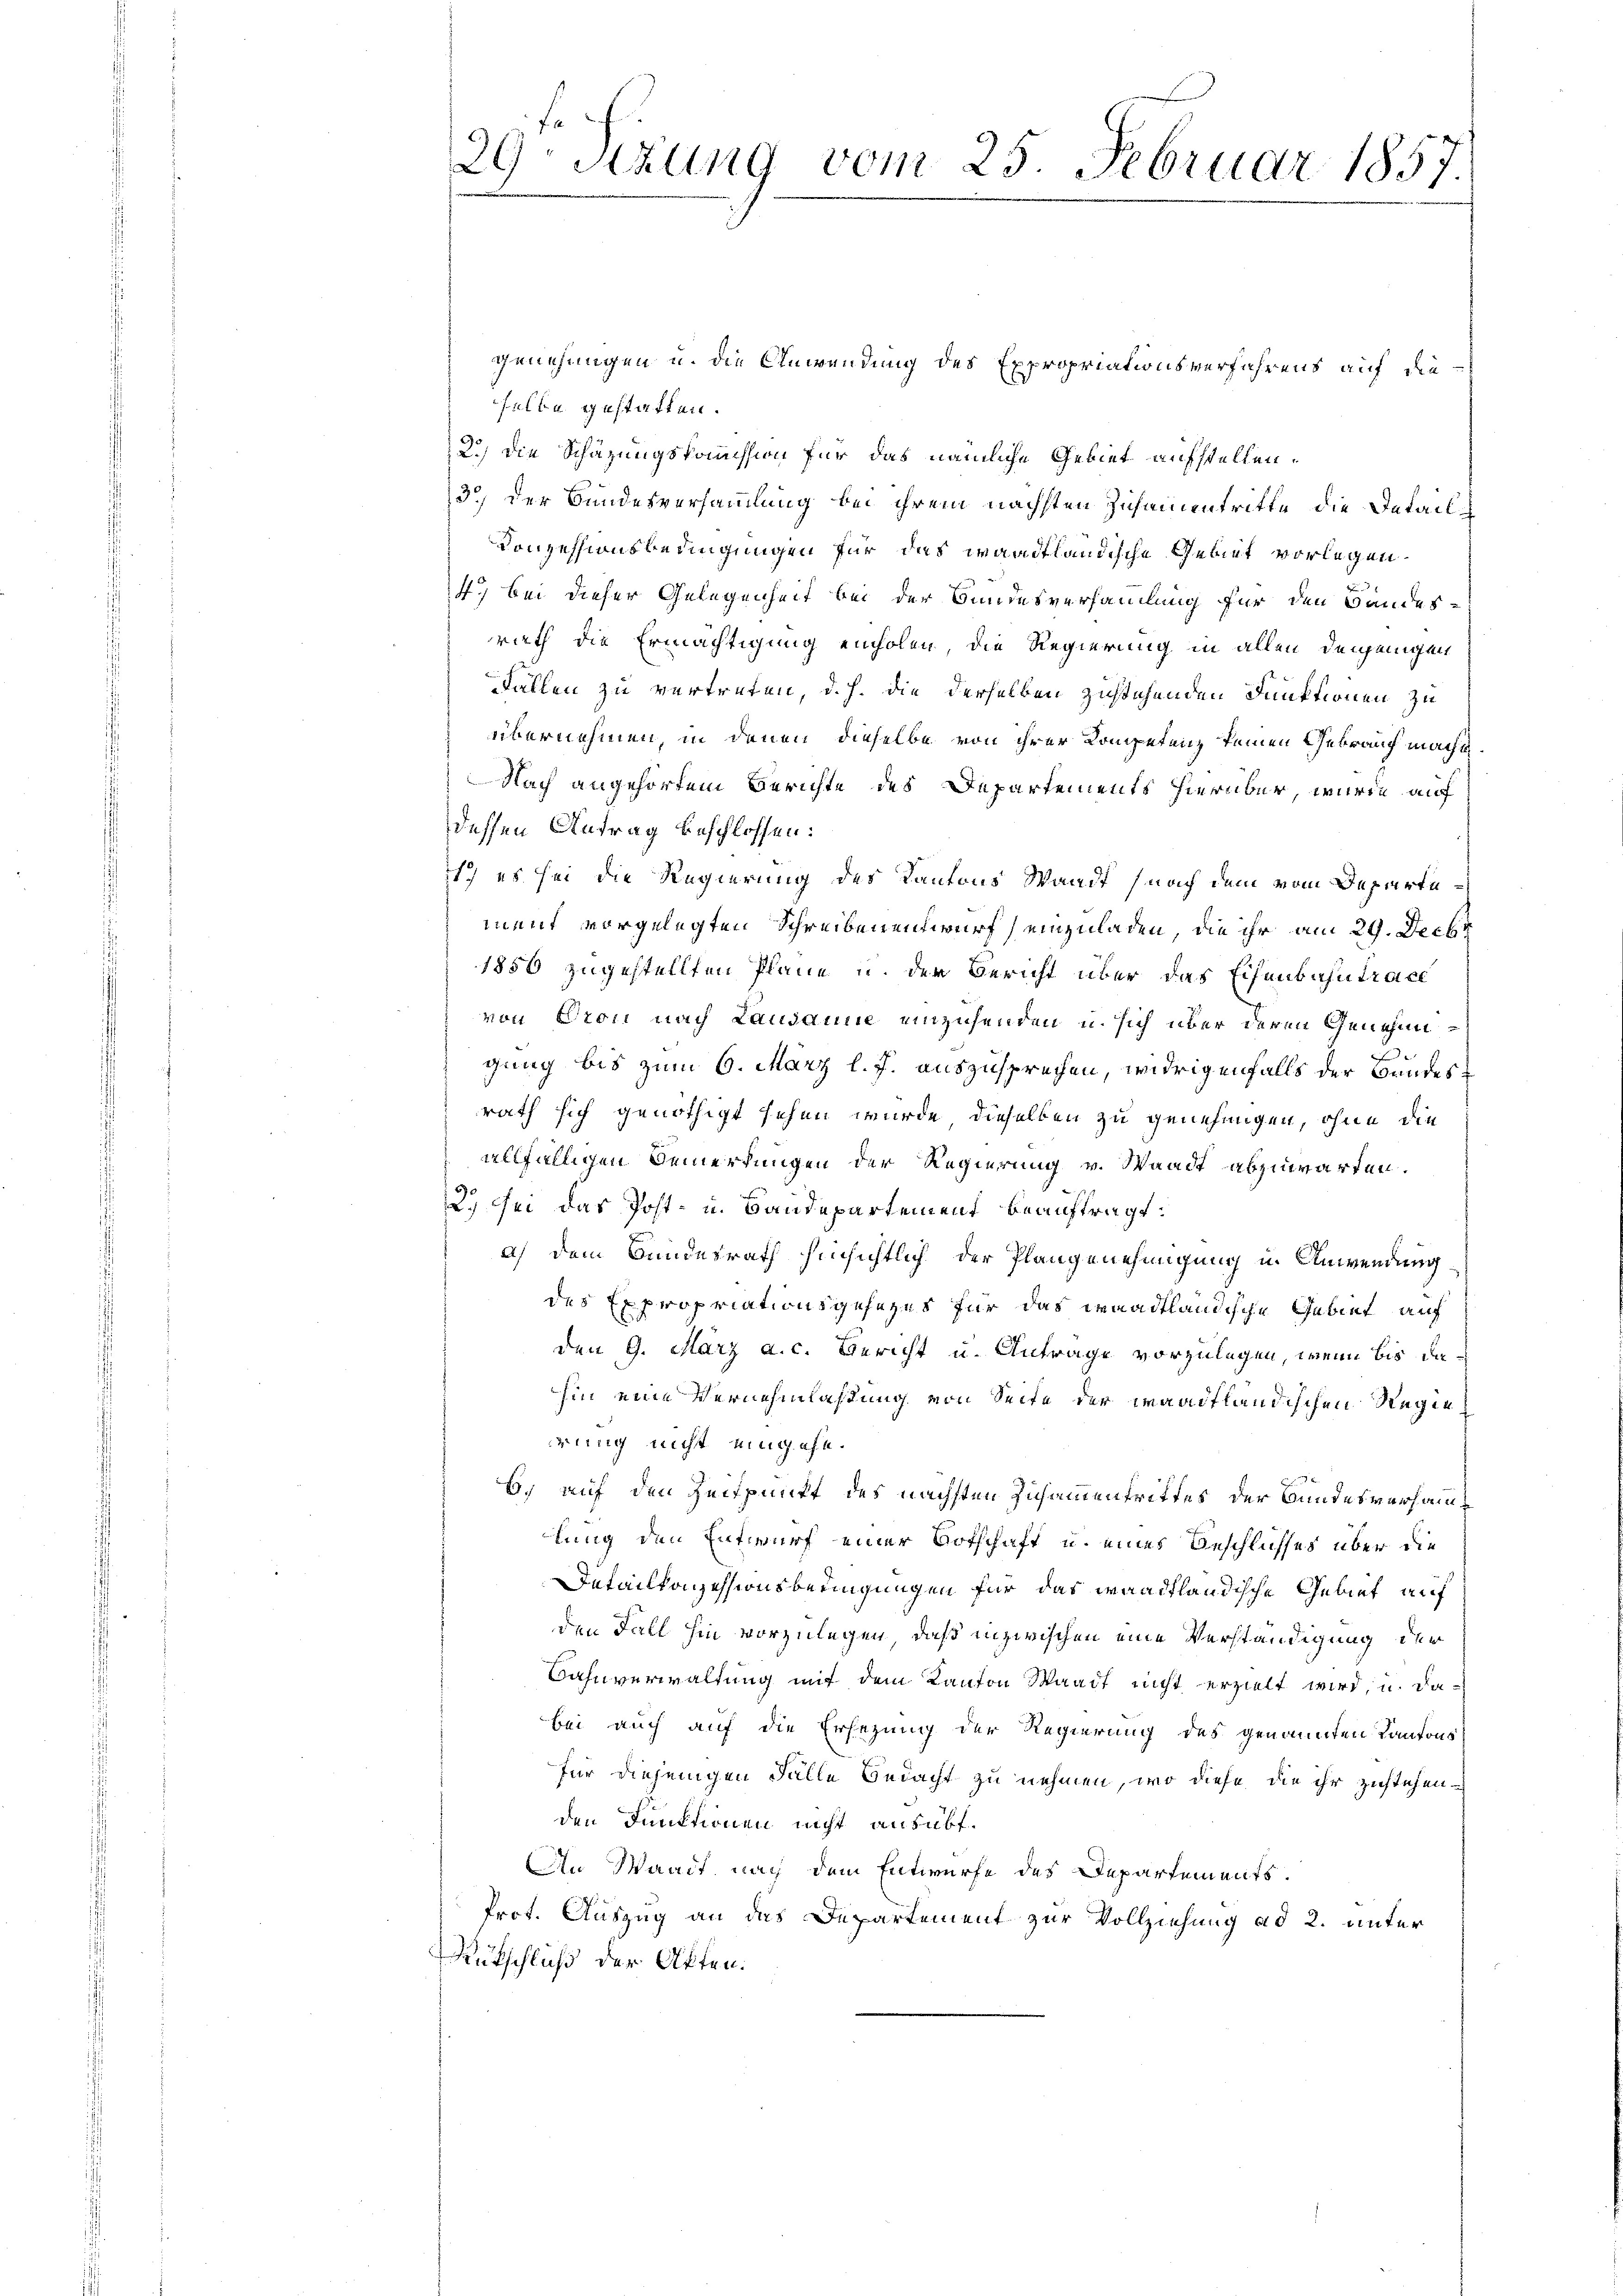
29. Sizung vom 25. Februar 1857.

genehmigen u. die Anwendung des Expropriationsverfahrens auf die
selbe gestatten.
2.) Die Schazungskomission für das nämliche Gebiet aufstellen.
3.) Der Bundesversammlung bei ihrem nächsten Zusamentritte die Detail¬
Konzessionsbedingungen für das wandtländische Gebiet vorlegen.
47 bei dieser Gelegenheit bei der Bundesversammlung für den Bandesrath die Ermächtigung einholen die Regierung in allen denjenigen
Fällen zu vertreten, d. h. die derselben zustehenden Dunktionen zu
übernehmen, in denen dieselbe von ihrer Kompetenz keinen Gebrauch macht
Nach angehörtem Berichte des Departements hierüber wurde auf
dessen Antrag beschlossen:
1.) es sei die Regierung des Kantons Waadt nach dem vom Departement vorgelegten Schreibenentwurf einzuladen, die ihr am 29. Decbr
1850 zugestellten Pläne u. der Bericht über das Eisenbahntrage
von Bron nach Lausanne einzusenden u. sich über deren Genehm
gung bis zum 6. März l. J. auszusprechen, widrigenfalls der Bundesrath sich genöthigt sehen wurde, dieselben zu genehmigen, ohne die
allfälligen Bemerkungen der Regierung v. Waadt abzuwarten.
2.) Sei das Post- u. Bandepartement beauftragt.
a) Dem Bundesrath hinsichtlich der Plangenehmigung u. Anwendung
des Expropriationsgesezes für das waadtländische Gebiet auf
den 9. März a. c. Bericht u. Antrage vorzulegen, wenn bis dahin eine Vernehmlassung von Seite der waadtländischen Regie
rung nicht eingehe.
b.) auf den Zeitpunkt des nächsten Zusammentriffes der Bundesverhanlung den Entwurf einer Botschaft u. eines Beschlusses über die
Ietaillonzessionsbedingungen für das waadtländische Gebiet auf
den Fall hin vorzulegen, daß inzwischen eine Verständigung der
Bahnverwaltung mit dem Kanton Waadt nicht erzielt wird, u. dabei auch auf die Ersezung der Regierung des genannten Kantons
für diejenigen Fälle Bedacht zu nehmen, wo diese die ihr zustehenden Dunktionen nicht ausübt.
Aen Waadt, nach dem Entwurfe des Departements.
Prot. Auszug an das Departement zur Vollziehung ad 2. unter
Rütschluß der Offen.